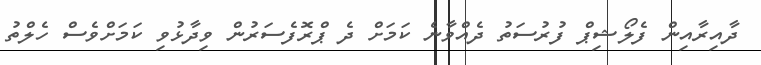
ދާއިރާއިން ފެލޯޝިޕް ފުރުސަތު ދެއްވާނެ ކަމަށް ދެ ޕްރޮފެސަރުން ވިދާޅުވި ކަމަށްވެސް ހެލްތު